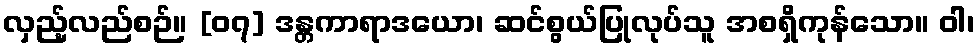
လှည့်လည်စဉ်။ [၀၇] ဒန္တကာရာဒယော၊ ဆင်စွယ်ပြုလုပ်သူ အစရှိကုန်သော။ ဝါ၊